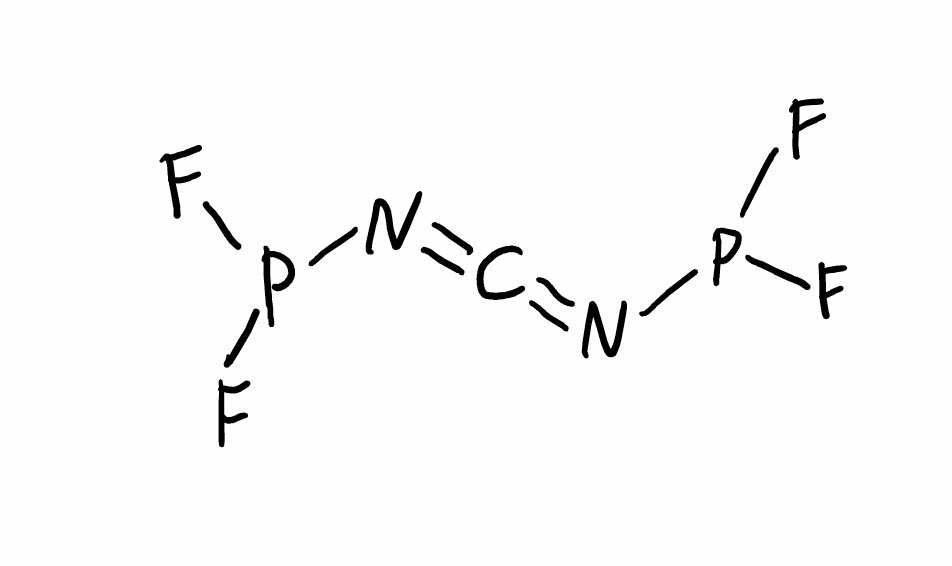
Simplified molecular-input line-entry system (SMILES) notation of the given molecule:
C(=NP(F)F)=NP(F)F